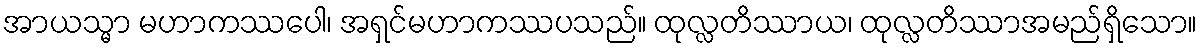
အာယသ္မာ မဟာကဿပေါ၊ အရှင်မဟာကဿပသည်။ ထုလ္လတိဿာယ၊ ထုလ္လတိဿာအမည်ရှိသော။